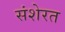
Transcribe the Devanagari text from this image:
संशेरत